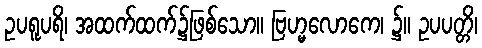
ဥပရူပရိ၊ အထက်ထက်၌ဖြစ်သော။ ဗြဟ္မလောကေ၊ ၌။ ဥပပတ္တိ၊